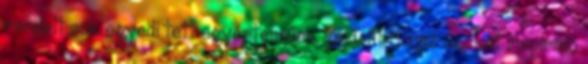
rendelt sok egyedi tett egyértelműen tanúsította az azokat inspiráló